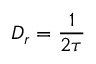
D _ { r } = \frac { 1 } { 2 \tau }